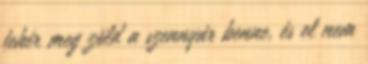
fehér meg zöld a szennyár benne, és el nem